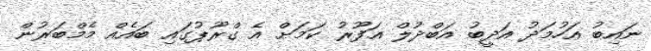
ނައިބު އަހުމަދު އަދީބު އަބްދުލް ޣަފޫރު ކަމަށް އެ ގްރޫޕުގައި ބައެއް މެމްބަރުން